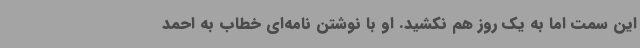
این سمت اما به یک روز هم نکشید. او با نوشتن نامه‌ای خطاب به احمد